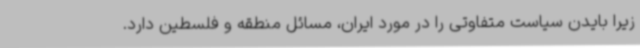
زیرا بایدن سیاست متفاوتی را در مورد ایران، مسائل منطقه و فلسطین دارد.